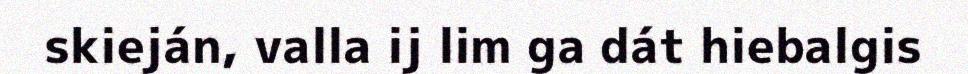
skieján, valla ij lim ga dát hiebalgis